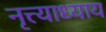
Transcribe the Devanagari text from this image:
नृत्त्याध्याय